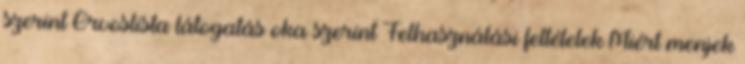
szerint Orvoslista látogatás oka szerint Felhasználási feltételek Miért menjek